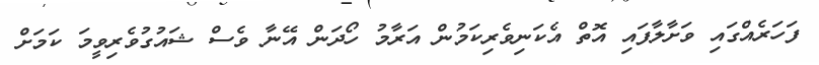
ފަހަރެއްގައި ވަށާލާފައި އޮތް އެކަނިވެރިކަމުން އަރާމު ހޯދަން އޭނާ ވެސް ޝައުގުވެރިވީމަ ކަމަށް